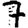
Digit: 7